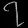
Digit: ၇